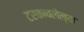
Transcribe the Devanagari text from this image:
टरकावलेल्या